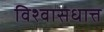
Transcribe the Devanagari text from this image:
विश्वासधात्त